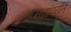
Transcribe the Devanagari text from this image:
नद्यांपर्यत